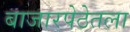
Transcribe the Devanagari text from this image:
बाजारपेठेतला